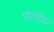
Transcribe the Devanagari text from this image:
परिपीड़ित